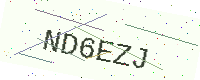
Text: ND6EZJ